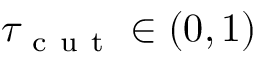
\tau _ { \mathrm { ~ c ~ u ~ t ~ } } \in ( 0 , 1 )